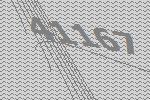
41167